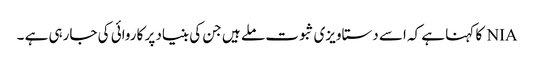
NIA کا کہنا ہے کہ اسے دستاویزی ثبوت ملے ہیں جن کی بنیاد پر کاروائی کی جارہی ہے ۔